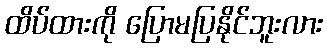
ထိပ်ထားကို ပြောမပြနိုင်ဘူးလား